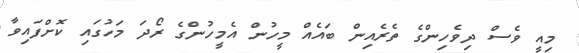
މިއީ ވެސް ދިވެހިންގެ ތެރެއިން ބައެއް މީހުން އެމީހުންގެ ރޯދަ މަހުގައި ކޮށްފައިވާ